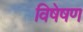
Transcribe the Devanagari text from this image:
विषेषण